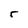
Character: r